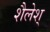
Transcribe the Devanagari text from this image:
शैलेश्